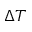
\Delta T